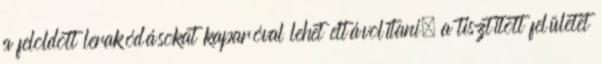
a feloldott lerakódásokat kaparóval lehet eltávolítani, a tisztított felületet